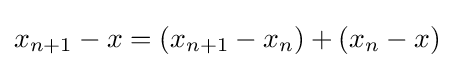
x_{n+1}-x=(x_{n+1}-x_{n})+(x_{n}-x)